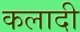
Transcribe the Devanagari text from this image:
कलादी